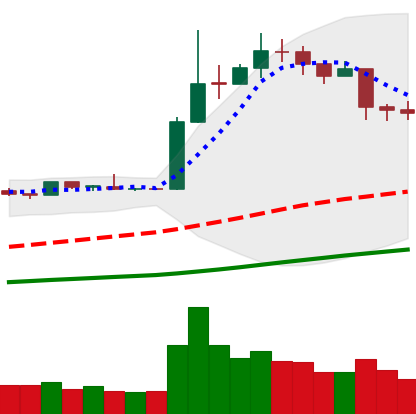
Ticker: LTC-USD
Chart end date: 2019-04-13
Forward return: 4.926%
Label: up_3_5